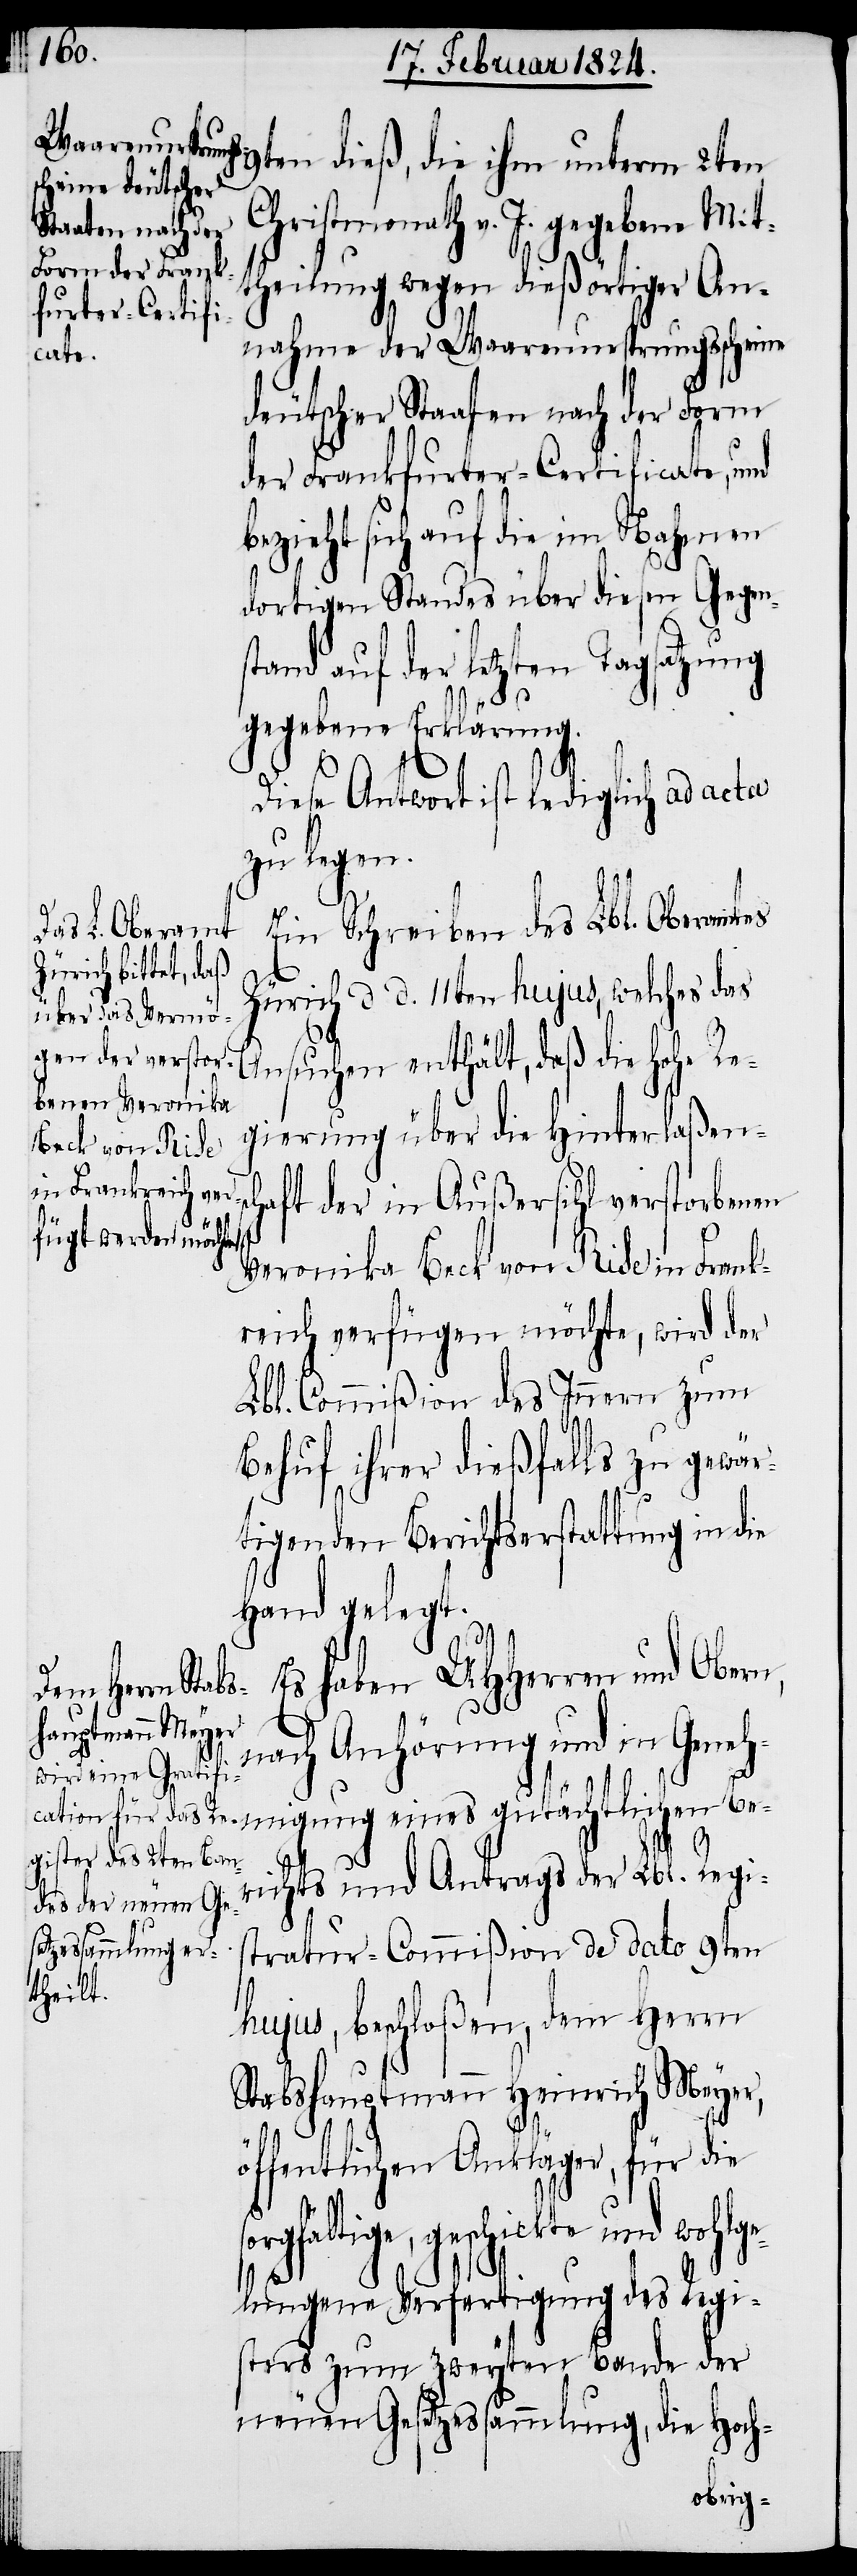
9ten dieß, die ihm unterm 2ten
Christmonath v. J. gegebene Mit¬
theilung wegen dießörtiger An¬
nahme der Waarenursprungsscheine
deutscher Staaten nach der Form
der Frankfurter-Certificate, und
bezieht sich auf die im Nahmen
dortigen Standes über diesen Gegen¬
stand auf der letzten Tagsatzung
gegebene Erklärung.
Diese Antwort ist lediglich ad acta
zu legen.
Ein Schreiben des Lbl. Oberamtes
Zürich d. d. 11ten hujus, welches das
Ansuchen enthält, daß die hohe Re¬
gierung über die Hinterlaßensc¬
haft der in Außersihl verstorbenen
Veronika Beck von Rise in Frank¬
reich verfügen möchte, wird der
Lbl. Commißion des Innern zum
Behuf ihrer dießfalls zu gewär¬
tigenden Berichtserstattung in die
Hand gelegt.
Es haben UHHerren und Obern,
nach Anhörung und in Geneh¬
migung eines gutächtlichen Ber¬
ichts und Antrags der Lbl. Regis¬
tratur-Commißion de dato 9ten
hujus, beschloßen, dem Herrn
Stabshauptmann Heinrich Meyer,
öffentlichen Ankläger, für die
sorgfältige, geschickte und wohlge¬
lungene Verfertigung des Regi¬
sters zum zweyten Bande der
neuen Gesetzessammlung, die Hoch-